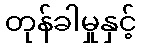
တုန်ခါမှုနှင့်